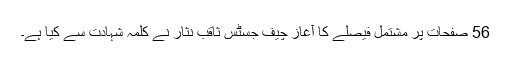
56 صفحات پر مشتمل فیصلے کا آغاز چیف جسٹس ثاقب نثار نے کلمہ شہادت سے کیا ہے۔